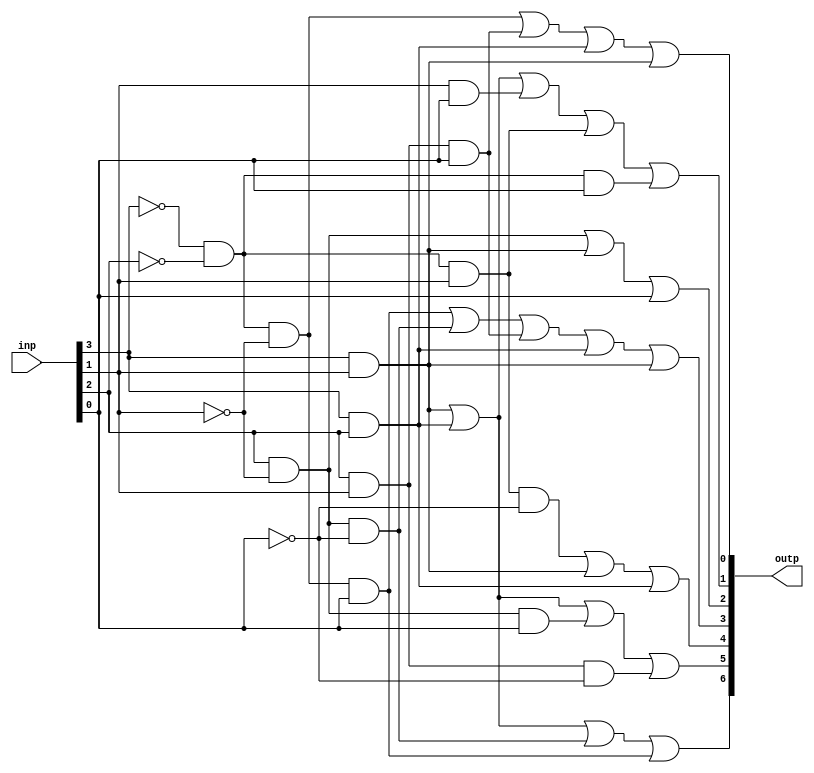
`timescale 1ns / 1ps

module SevenSegment(inp, outp);
    input	[3:0] inp;
    output	reg [6:0] outp;
	
    always @(inp)
	
    begin

        //segment a
        outp[6] <=	(inp[3]& inp[1]) |
	       		(inp[3]& inp[2]) | 
                        (inp[2]& ~inp[1]& ~inp[0]) |
		       	(~inp[3]& ~inp[2]& ~inp[1]& inp[0]);
        
        //segment b
        outp[5] <=	(inp[3]& inp[1]) |
	       		(inp[3]& inp[2]) | 
                        (inp[2]& ~inp[1]& inp[0]) |
		       	(inp[2]& inp[1]& ~inp[0]);
        //segment c
	outp[4] <=	(~inp[3] & ~inp[2] & inp[1] & ~inp[0]) |
			(inp[3] & inp[1]) |
			(inp[3] & inp[2]);	
        //segment d
       	outp[3] <= 	(~inp[3] & ~inp[2] & ~inp[1] & inp[0])|
	       		(inp[2] & ~inp[1] & ~inp[0])|
			(inp[2] & inp[1] & inp[0])|
			(inp[3] & inp[2])|
			(inp[3] & inp[1]);
        //segment e
      	outp[2] <= 	(inp[2] & ~inp[1]) |
	       		(inp[3] & inp[1]) |
			(inp[0]);	
        //segment f
       	outp[1] <= 	(inp[3] & inp[1]) |
	       		(inp[3] & inp[2]) |
			(inp[1] & inp[0]) |
			(~inp[3] & ~inp[2] & inp[1]) |
			(~inp[3] & ~inp[2] & inp[0]);	
        //segment g
      	outp[0] <= 	(~inp[3] & ~inp[2] & ~inp[1]) |
	       		(inp[2] & inp[1] & inp[0]) |
			(inp[3] & inp[2]) |
			(inp[3] & inp[1]);	
    end

endmodule